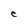
Character: C